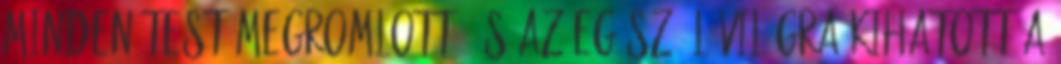
minden test megromlott, és az egész élővilágra kihatott a